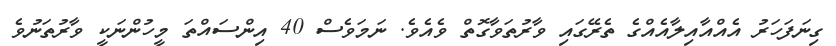
ގިނަފަހަރު އެއްއާއިލާއެއްގެ ތެރޭގައި ވާރުތަވާގޮތް ވެއެވެ. ނަމަވެސް 40 އިންސައްތަ މީހުންނަކީ ވާރުތަނުވެ